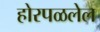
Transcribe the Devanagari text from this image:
होरपळलेल